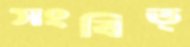
সংবিত্